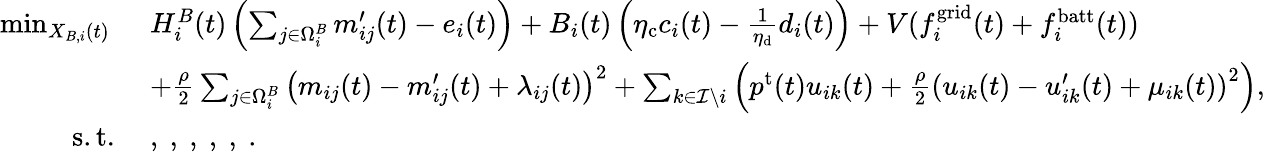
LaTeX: \begin{array}{rl}{\operatorname*{min}_{X_{B,i}(t)}~}&{H_{i}^{B}(t)\left(\sum_{j\in\Omega_{i}^{B}}m_{ij}^{\prime}(t)-e_{i}(t)\right)+B_{i}(t)\left(\eta_{\mathrm{c}}c_{i}(t)-\frac{1}{\eta_{\mathrm{d}}}d_{i}(t)\right)+V(f_{i}^{\mathrm{grid}}(t)+f_{i}^{\mathrm{batt}}(t))}\\ {~}&{+\frac{\rho}{2}\sum_{j\in\Omega_{i}^{B}}\left(m_{ij}(t)-m_{ij}^{\prime}(t)+\lambda_{ij}(t)\right)^{2}+\sum_{k\in\mathcal{I}\backslash i}\left(p^{\mathrm{t}}(t)u_{ik}(t)+\frac{\rho}{2}\left(u_{ik}(t)-u_{ik}^{\prime}(t)+\mu_{ik}(t)\right)^{2}\right),}\\ {\mathrm{s.t.}~}&{,~,~,~,~,~.}\end{array}